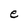
Character: e